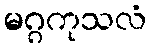
မဂ္ဂကုသလံ